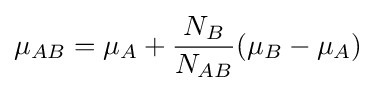
\mu _{AB}=\mu _{A}+{\frac {N_{B}}{N_{AB}}}(\mu _{B}-\mu _{A})